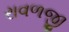
રાવળજી